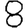
Digit: 8